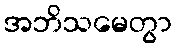
အဘိသမေတွာ